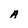
Character: A